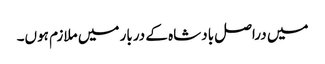
میں دراصل بادشاہ کے دربار میں ملازم ہوں۔